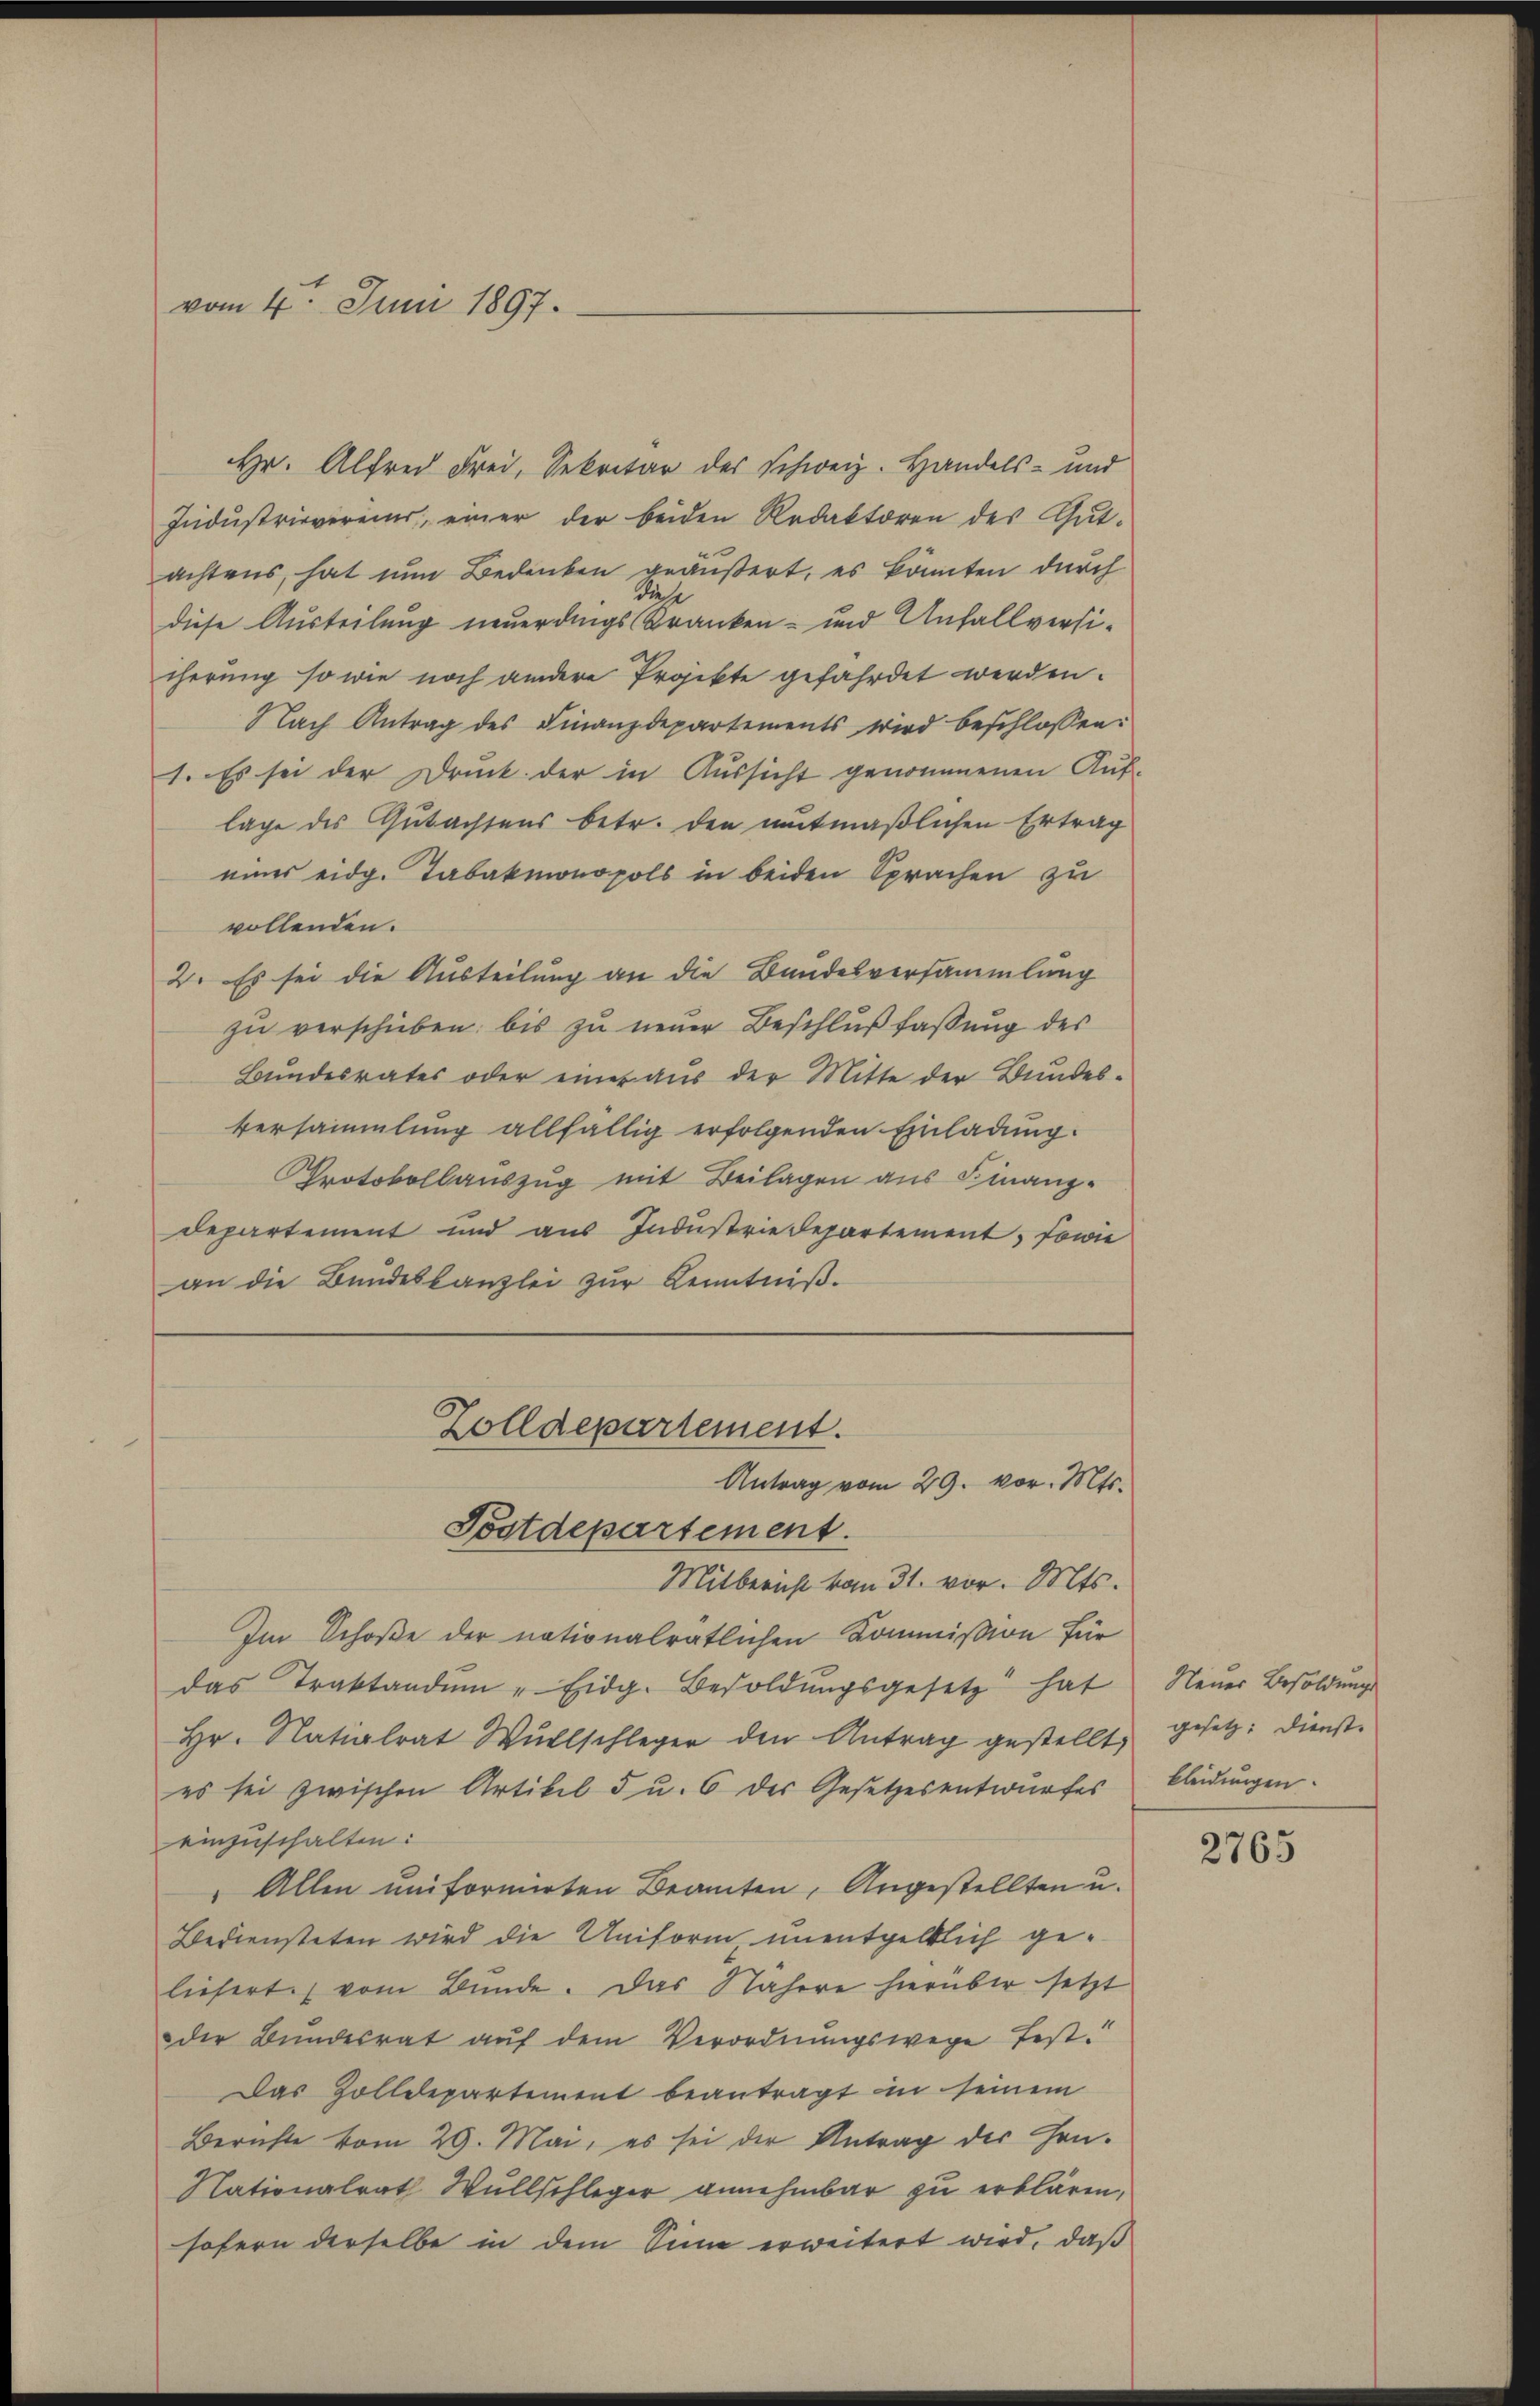
vom 4. Juni 1897.

Hr. Alfred Frei, Sekretär des Schweiz. Handels- und
Indŭstrievereins, einer der beiden Redaktoren des Gut-
achtens, hat nun Bedenken geäußert, es könnten durch
diese
diese Austeilung neuerdings Kranken- und Anfallversicherung so wie noch andere Projekte gefährdet werden.
Nach Antrag des Finanzdepartements wird beschlossen:
1. Es sei der Druck der in Aŭssicht genommenen Aŭf-
lage des Gutachtens betr. den mutmaßlichen Ertrag
eines eidg. Tabakmonopols in beiden Sprachen zu
vollenden.
2. Es sei die Austeilung an die Bundesversammlung
zu verschieben, bis zu neuer Beschlußfassung des
Bundesrates oder einer aus der Mitte der Bundes-
versammlung allfällig erfolgenden Einladung.
Protokollauszug mit Beilagen aus Finanzdepartement und aus Industrie departement, sowie
an die Bundeskanzlei zur Kenntniß.

Mitbericht vom 31. vor. Mts.
Im Schoße der nationalratlichen Kommißion für
das Traktandŭm " Eidg. Besoldŭngsgesetz hat
Hr. Natialrat Wŭllschleger den Antrag gestellt,
es sei zwischen Artikel 5 u. 6 der Gesetzesentwurfes
einzuschalten:
" Allen uniformirten Beamten, Angestellten u.
Bediensteten wird die Uniform unentgeltlich geliefert vom Bunde. Das Nähere hierüber setzt
der Bundesrat auf dem Verordnungswege fest¬
Das Zolldepartement beantragt in seinem
Berichte vom 29. Mai, es sei der Antrag der Hen-
Nationalrath Wullschleger annehmbar zu erklären,
sofern derselbe in dem Sinn erweitert wird, daß

Zolldepartement.
Antrag vom 29. vor. Mts.
Postdepartement.

Neuer Besoldungs
gesetz. Dienst.
kleidungen.

2765